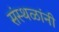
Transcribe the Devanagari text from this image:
संस्थळांनी